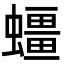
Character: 䗵